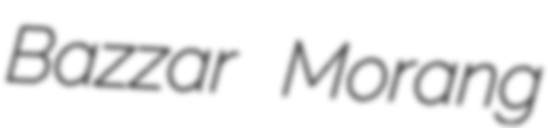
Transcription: Bazzar Morang